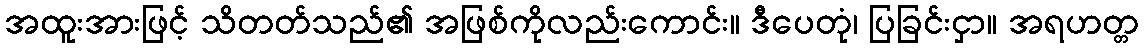
အထူးအားဖြင့် သိတတ်သည်၏ အဖြစ်ကိုလည်းကောင်း။ ဒီပေတုံ၊ ပြခြင်းငှာ။ အရဟတ္တ